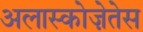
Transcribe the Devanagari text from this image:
अलास्कोज़ेतेस